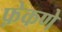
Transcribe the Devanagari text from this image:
फ़ेकणे